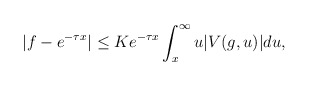
\begin{align*}|f-e^{-\tau x}|\leq Ke^{-\tau x}\int_{x}^{\infty}u|V(g,u)|du,\end{align*}